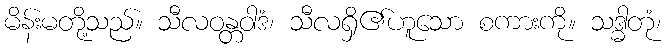
မိန်းမတို့သည်။ သီလဝန္တဝါဒံ၊ သီလရှိ၏ဟူသော စကားကို။ သဒ္ဓါတုံ၊